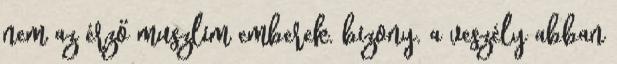
nem az érző muszlim emberek. bizony. a veszély abban